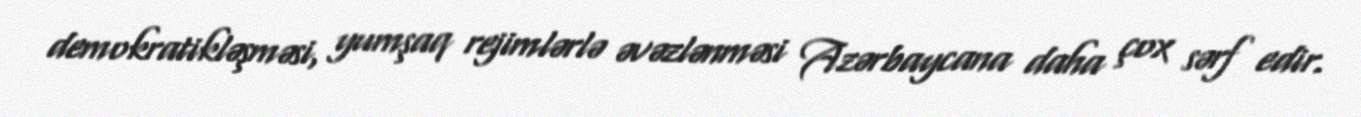
demokratikləşməsi, yumşaq rejimlərlə əvəzlənməsi Azərbaycana daha çox sərf edir.